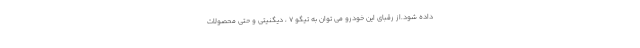
داده شود.از رقبای این خودرو می توان به تیگو 7 ، دیگنیتی و حتی محصولات